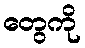
တွေကို